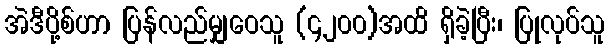
အဲဒီပို့စ်ဟာ ပြန်လည်မျှဝေသူ (၄၂၀၀)အထိ ရှိခဲ့ပြီး၊ ပြုလုပ်သူ